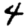
Digit: 4